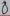
Text: 8